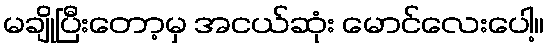
မချိုပြီးတော့မှ အငယ်ဆုံး မောင်လေးပေါ့။